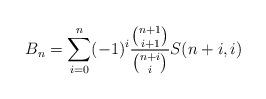
LaTeX: \begin{align*}B_n=\sum_{i=0}^n(-1)^{i}\frac{\binom{n+1}{i+1}}{\binom{n+i}{i}}S(n+i,i)\end{align*}